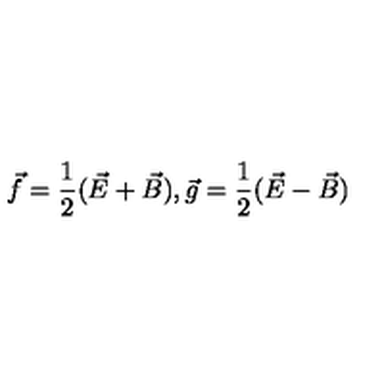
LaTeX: \vec { f } = \frac { 1 } { 2 } ( \vec { E } + \vec { B } ) , \vec { g } = \frac { 1 } { 2 } ( \vec { E } - \vec { B } )